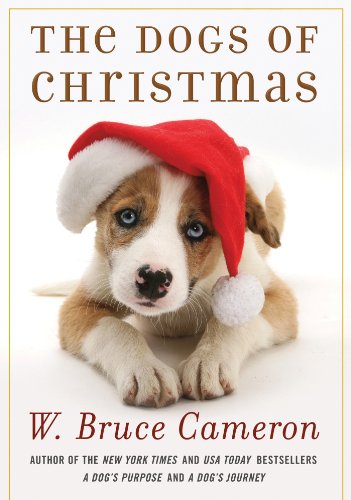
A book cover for The Dogs of Christmas; W. Bruce Cameron; Literature & Fiction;